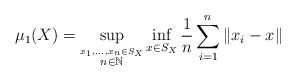
\begin{align*}\mu_1(X) = \sup_{\overset{x_1,\ldots,x_n \in S_X}{n \in \mathbb{N}}}\inf_{x \in S_X} \frac{1}{n} \sum_{i=1}^n \|x_i - x\|\end{align*}